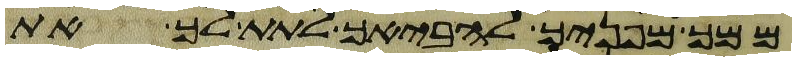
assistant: ממך מפניך להביאך לתת לך את